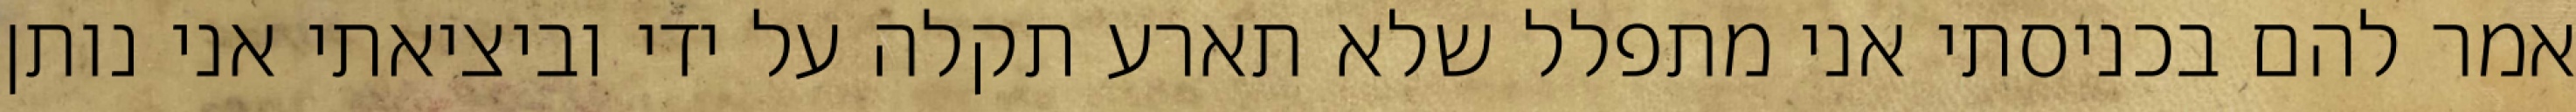
אמר להם בכניסתי אני מתפלל שלא תארע תקלה על ידי וביציאתי אני נותן